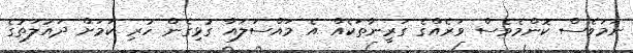
ނަމަވެސް ކޮންމެވެސް ވަރެއްގެ ގަރީނާތަކެއް އެ މައްސަލައާ ގުޅިގެން ހުރި ކަމަށް ދައުލަތުގެ